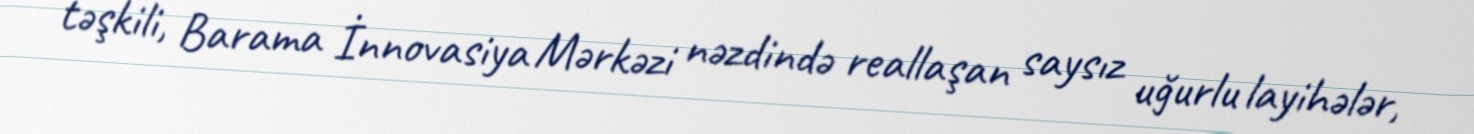
təşkili, Barama İnnovasiya Mərkəzi nəzdində reallaşan saysız uğurlu layihələr,